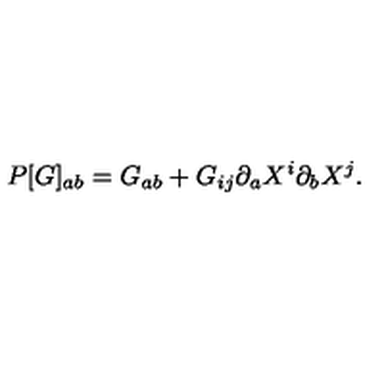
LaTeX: P [ G ] _ { a b } = G _ { a b } + G _ { i j } \partial _ { a } X ^ { i } \partial _ { b } X ^ { j } .